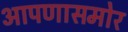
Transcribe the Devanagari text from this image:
आपणासमोर